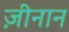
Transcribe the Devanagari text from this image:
ज़ीनान